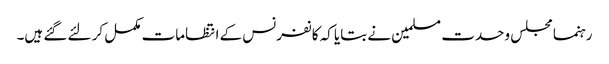
رہنما مجلس وحدت مسلمین نے بتایا کہ کانفرنس کے انتظامات مکمل کر لئے گئے ہیں۔